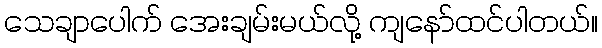
သေချာပေါက် အေးချမ်းမယ်လို့ ကျနော်ထင်ပါတယ်။